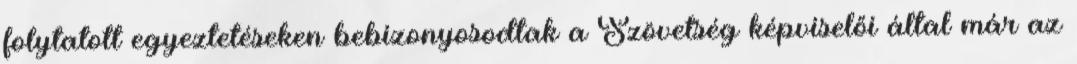
folytatott egyeztetéseken bebizonyosodtak a Szövetség képviselői által már az